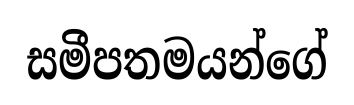
සමීපතමයන්ගේ